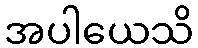
အပါယေသိ